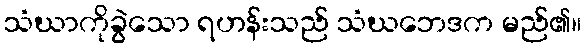
သံဃာကိုခွဲသော ရဟန်းသည် သံဃဘေဒက မည်၏။